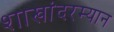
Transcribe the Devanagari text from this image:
शाखांदरम्यान